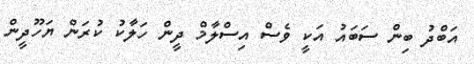
އަބްދު ބިން ސަބައު އަކީ ވެސް އިސްލާމް ދީން ހަލާކު ކުރަން ޔަހޫދީން